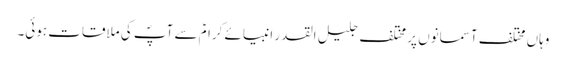
وہاں مختلف آسمانوں پر مختلف جلیل القدر انبیائے کرامؑ سے آپؐ کی ملاقات ہوئی۔